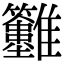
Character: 𩁲